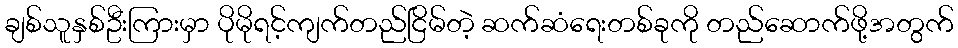
ချစ်သူနှစ်ဦးကြားမှာ ပိုမိုရင့်ကျက်တည်ငြိမ်တဲ့ ဆက်ဆံရေးတစ်ခုကို တည်ဆောက်ဖို့အတွက်